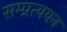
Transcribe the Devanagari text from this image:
सम्प्रत्ययन